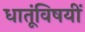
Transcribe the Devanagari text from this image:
धातूंविषयीं